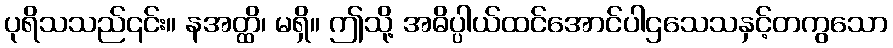
ပုရိသသည်၎င်း။ နအတ္ထိ၊ မရှိ။ ဤသို့ အဓိပ္ပါယ်ထင်အောင်ပါဌသေသနှင့်တကွသော